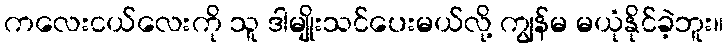
ကလေးငယ်လေးကို သူ ဒါမျိုးသင်ပေးမယ်လို့ ကျွန်မ မယုံနိုင်ခဲ့ဘူး။